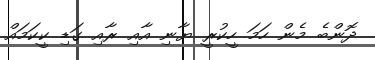
ދޮންބެ މެން ހަމަ ހީކުރީ ޔާނި އާއި ރާއި ގަޑި ކީކަމައް